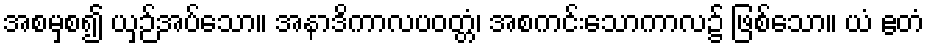
အစမှစ၍ ယှဉ်အပ်သော။ အနာဒိကာလပဝတ္တံ၊ အစကင်းသောကာလ၌ ဖြစ်သော။ ယံ ဧတံ